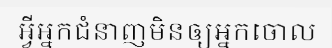
អ្វីអ្នកជំនាញមិនឲ្យអ្នកចោល